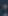
: